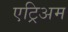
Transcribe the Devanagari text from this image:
एट्रिअम